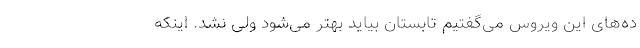
ده‌های این ویروس می‌گفتیم تابستان بیاید بهتر می‌شود ولی نشد. اینکه